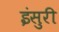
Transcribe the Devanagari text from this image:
इंसुरी